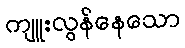
ကျူးလွန်နေသော